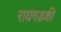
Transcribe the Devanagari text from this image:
रायगडकी